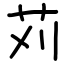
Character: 苅